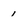
Character: 1